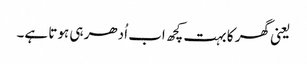
یعنی گھر کا بہت کچھ اب اُدھر ہی ہوتا ہے۔